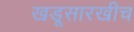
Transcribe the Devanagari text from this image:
खडूसारखीच